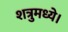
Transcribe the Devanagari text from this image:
शत्रुमध्ये।